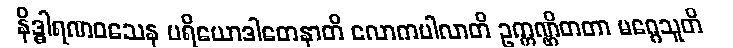
နိဒ္ဓါရဏဝသေန ပရိယောဒါတေနာတိ လောကပါလာတိ ဥက္ကဏ္ဌိတတာ မဂ္ဂေသူတိ